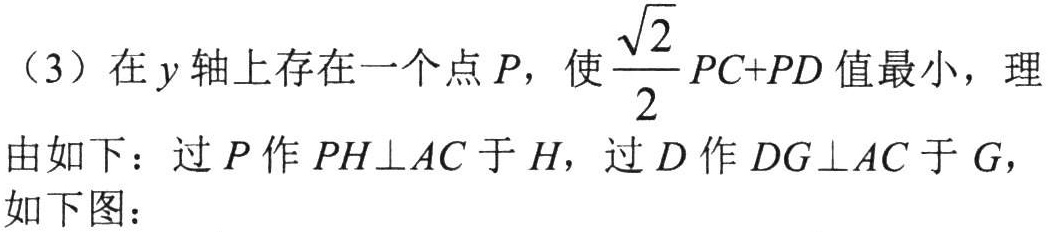
（3）在\(y\)轴上存在一个点\(P\)，使\(\dfrac{\sqrt{2}}{2}PC + PD\)值最小，理由如下：过\(P\)作\(PH\perp AC\)于\(H\)，过\(D\)作\(DG\perp AC\)于\(G\)，如下图：